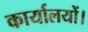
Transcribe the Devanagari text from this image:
कार्यालयों।